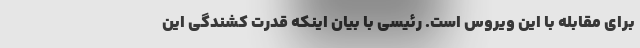
برای مقابله با این ویروس است. رئیسی با بیان اینکه قدرت کشندگی این